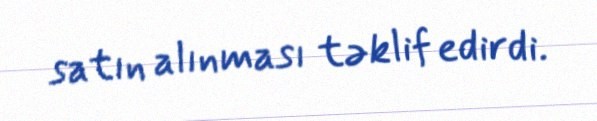
satın alınması təklif edirdi.